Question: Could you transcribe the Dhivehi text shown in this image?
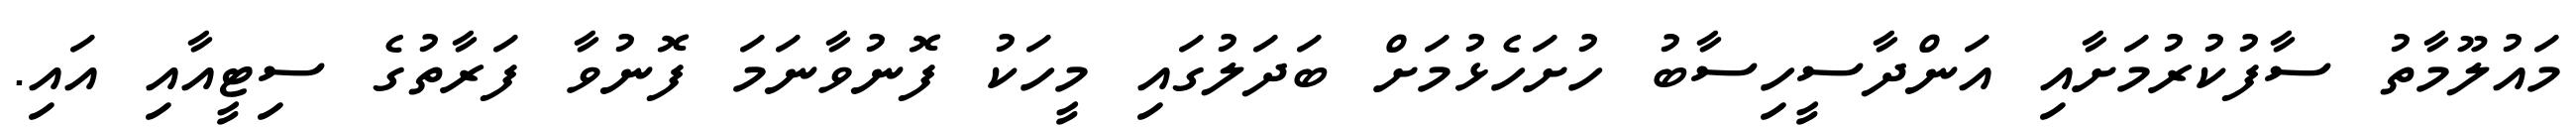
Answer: މައުލޫމާތު ސާފުކުރުމަށާއި އަންދާސީހިސާބު ހުށަހެޅުމަށް ބަދަލުގައި މީހަކު ފޮނުވާނަމަ ފޮނުވާ ފަރާތުގެ ސިޓީއާއި އައި.